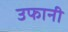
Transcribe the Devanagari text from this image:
उफानी